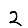
Digit: 2